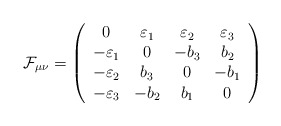
\begin{align*}\mathcal{F}_{\mu\nu} = \left( \begin{array}{cccc} 0 & \varepsilon_1 & \varepsilon_2 & \varepsilon_3 \\-\varepsilon_1 & 0 & -{b}_3 & {b}_2 \\-\varepsilon_2 & {b}_3 & 0 & -{b}_1 \\-\varepsilon_3 & -{b}_2 & {b}_1 & 0 \\\end{array} \right) \end{align*}